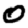
Digit: 0